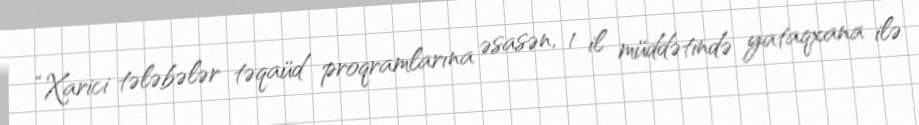
“Xarici tələbələr təqaüd proqramlarına əsasən, 1 il müddətində yataqxana ilə